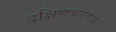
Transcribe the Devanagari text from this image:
दक्षिणचरणाग्रे।